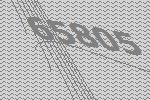
65805